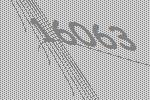
16063